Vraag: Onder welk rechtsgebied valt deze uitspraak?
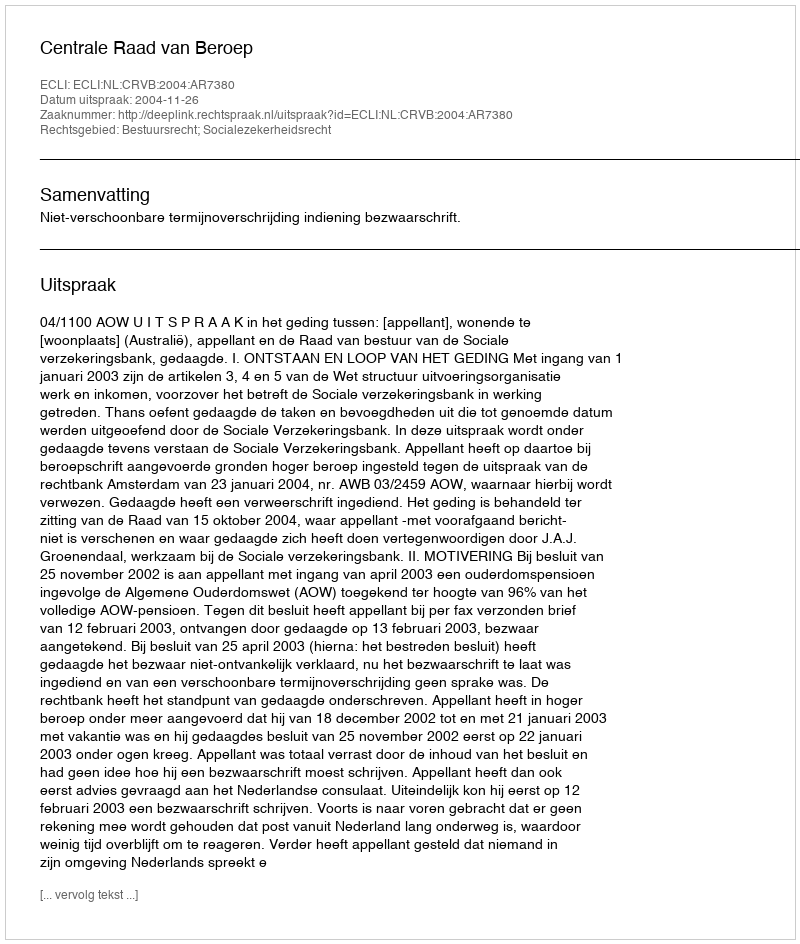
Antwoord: Bestuursrecht; Socialezekerheidsrecht